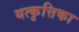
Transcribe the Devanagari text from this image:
यत्कृत्तिका